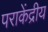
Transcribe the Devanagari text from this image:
पराकेंद्रीय